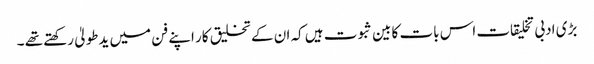
بڑی ادبی تخلیقات اس بات کا بین ثبوت ہیں کہ ان کے تخلیق کار اپنے فن میں یدطولیٰ رکھتے تھے ۔